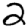
Digit: 2